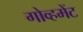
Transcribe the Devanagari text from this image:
गोव्हमेंट